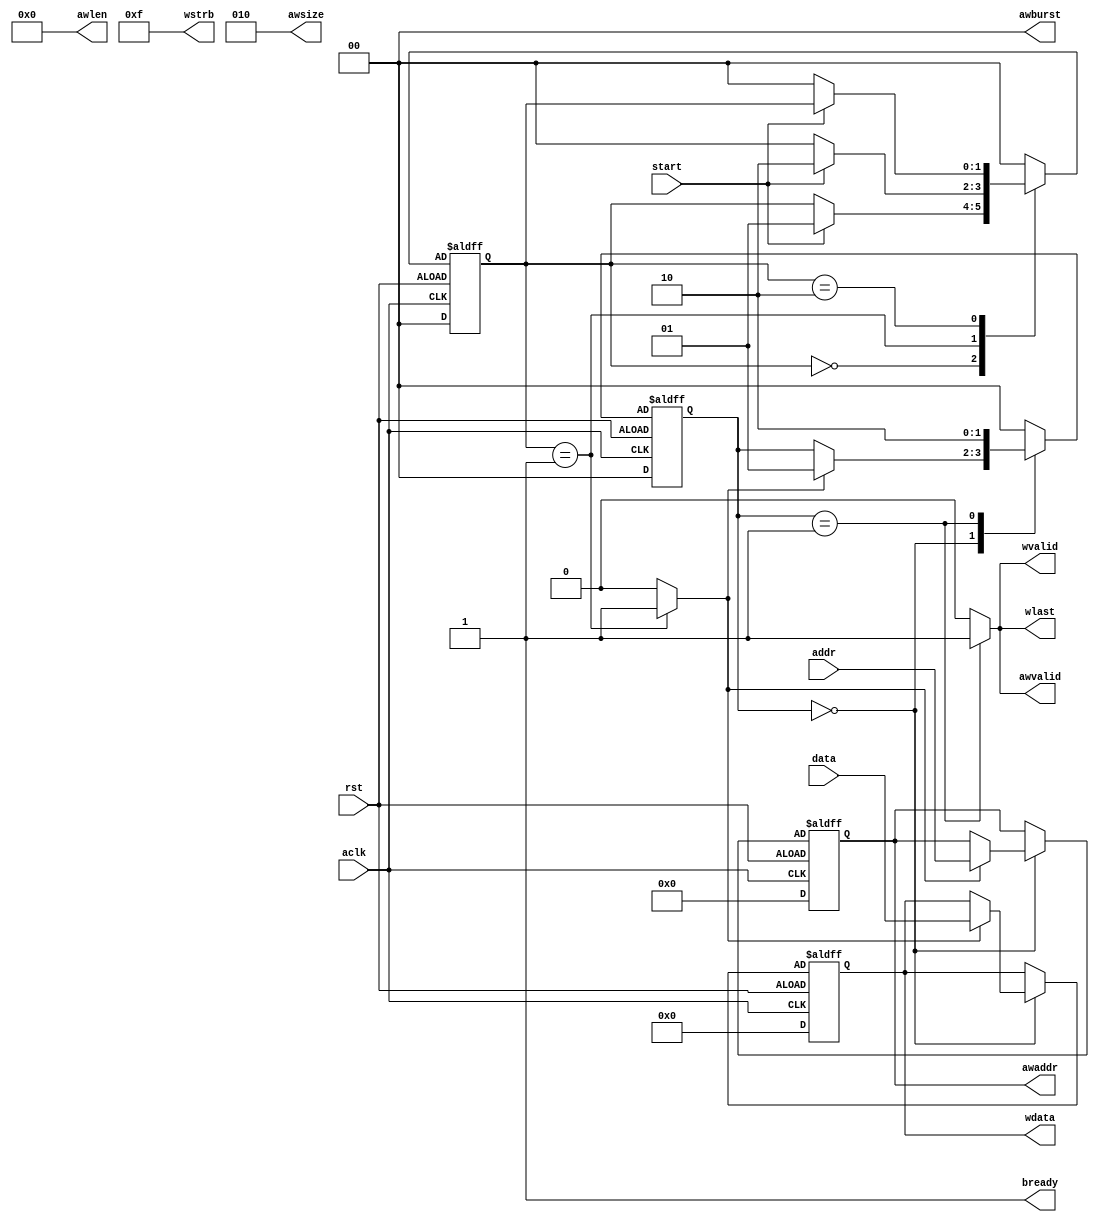
module single_write_bram
(
    input   wire start,
    output  wire[14:0] awaddr,
    output  wire[1:0]  awburst,
    output  wire[7:0]  awlen,
    
    output  wire[2:0]  awsize,
    output  reg awvalid,
    output  wire bready,
    input   wire[31:0] data,
    input   wire[14:0] addr,

    output  wire[31:0] wdata,
    output  reg wlast,
    output  wire[3:0] wstrb,
    output  reg wvalid,

    input   wire aclk, rst
 );

localparam[1:0]
    IDLE        = 2'b00,
    WRITE       = 2'b01,
    LAST        = 2'b10;
    
localparam[1:0]
    zero    = 2'b00,
    edg     = 2'b01,
    one     = 2'b10;    
    
 reg[1:0] state_reg, state_next;
 reg[1:0] level_reg, level_next;
 reg[14:0] awaddr_reg, awaddr_next;
 reg[31:0] wdata_reg, wdata_next;
 reg tick;
 
 always @(posedge aclk, posedge rst)
 begin
    if(~rst)
        begin
            state_reg   <= IDLE;
            awaddr_reg  <= 0;
            wdata_reg   <= 0;
            level_reg   <= zero;
        end
    else
        begin
            state_reg   <= state_next;
            awaddr_reg  <= awaddr_next;
            wdata_reg   <= wdata_next;
            level_reg   <= level_next;
        end
 end

 always @(*)
 begin

    state_next      = state_reg;
    
    awaddr_next     = awaddr_reg;
    awvalid         = 1'b0;

    wdata_next      = wdata_reg;
    wlast           = 1'b0;
    wvalid          = 1'b0;
    
    case (state_reg)
        IDLE    :
        begin
            if(tick)
                begin
                    wdata_next      = data;
                    awaddr_next     = addr;
                    state_next      = WRITE;
                end
        end
        WRITE   :
        begin
            awvalid         = 1'b1;
            wvalid          = 1'b1;
            wlast           = 1'b1;
            state_next      = LAST;
        end
        LAST    :
            begin
                state_next  = IDLE;
            end    
        default :
            state_next      = IDLE;                
    endcase
 end
   
 /* Rising Edge Detection for Sampler */
always @(*)
begin
    level_next  = level_reg;
    tick = 1'b0;
    case(level_reg)
        zero:
            if(start)
                level_next = edg;
        edg:
            begin 
                tick = 1'b1;
                if(start)
                    level_next = one;
                else
                    level_next = zero;
            end    
        one:
            if(~start)
                level_next = zero;
        default: level_next = zero;
    endcase
end
 
 assign awaddr  = awaddr_reg;
 assign awlen   = 0;
 assign awsize  = 2;
 assign awburst = 0; // fixed
 
 assign wdata   = wdata_reg;
 assign wstrb   = 4'hF;
 assign bready  = 1'b1;
 
endmodule